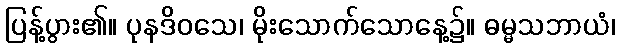
ပြန့်ပွား၏။ ပုနဒိဝသေ၊ မိုးသောက်သောနေ့၌။ ဓမ္မသဘာယံ၊